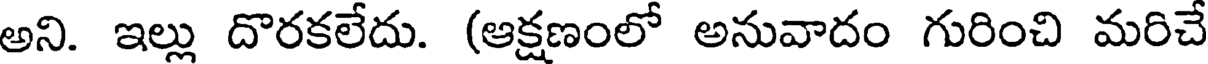
అని. ఇల్లు దొరకలేదు. (ఆక్షణంలో అనువాదం గురించి మరిచే